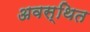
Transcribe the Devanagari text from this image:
अवस्‍थित